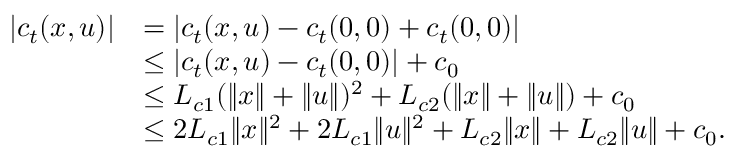
\begin{array} { r l } { | c _ { t } ( x , u ) | } & { = | c _ { t } ( x , u ) - c _ { t } ( 0 , 0 ) + c _ { t } ( 0 , 0 ) | } \\ & { \leq | c _ { t } ( x , u ) - c _ { t } ( 0 , 0 ) | + c _ { 0 } } \\ & { \leq L _ { c 1 } ( \| x \| + \| u \| ) ^ { 2 } + L _ { c 2 } ( \| x \| + \| u \| ) + c _ { 0 } } \\ & { \leq 2 L _ { c 1 } \| x \| ^ { 2 } + 2 L _ { c 1 } \| u \| ^ { 2 } + L _ { c 2 } \| x \| + L _ { c 2 } \| u \| + c _ { 0 } . } \end{array}